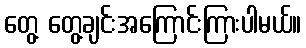
တွေ့ တွေ့ချင်းအကြောင်းကြားပါမယ်။